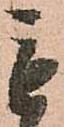
も